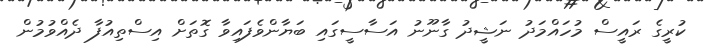
ކުރީގެ ރައީސް މުހައްމަދު ނަޝީދު ގާނޫނު އަސާސީގައި ބަޔާންވެފައިވާ ގޮތަށް އިސްތިއުފާ ދެއްވުމުން